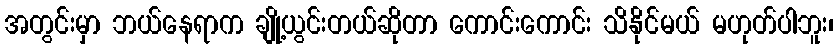
အတွင်းမှာ ဘယ်နေရာက ချို့ယွင်းတယ်ဆိုတာ ကောင်းကောင်း သိနိုင်မယ် မဟုတ်ပါဘူး၊